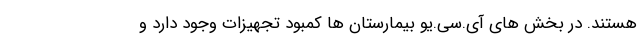
هستند. در بخش های آی.سی.یو بیمارستان ها کمبود تجهیزات وجود دارد و